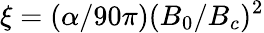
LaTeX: \xi=(\alpha/90\pi)(B_{0}/B_{c})^{2}